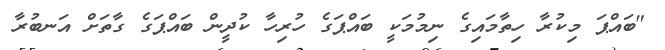
"ބައްޕަ މިކުރާ ހިތާމައިގެ ނިމުމަކީ ބައްޕަގެ ހުރިހާ ކުދީން ބައްޕަގެ ގާތަށް އަނބުރާ